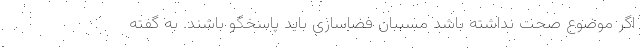
اگر موضوع صحت نداشته باشد مسببان فضاسازی باید پاسخگو باشند. به گفته